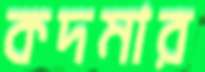
কদমার